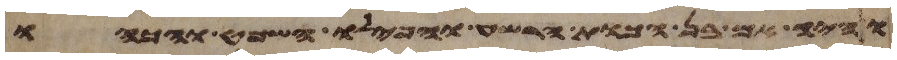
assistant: והיה אם בן הכות הרשע והפילו השופט והכהו